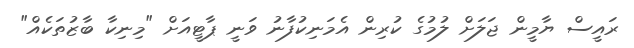
ރައީސް ޔާމީން ޖަލަށް ލުމުގެ ކުރިން އެމަނިކުފާނު ވަނީ ޕާޓީއަށް "މިނިކާ ބާޒުތަކެއް"